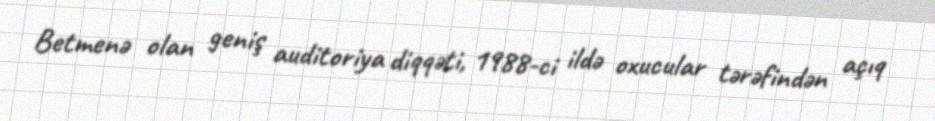
Betmenə olan geniş auditoriya diqqəti, 1988-ci ildə oxucular tərəfindən açıq